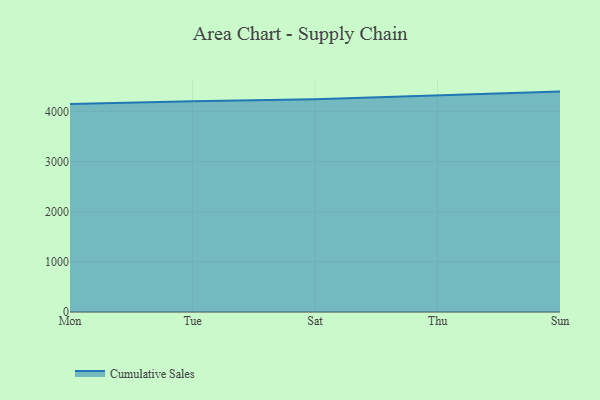
{"axis": {"x": "Day", "y": "Humidity (%)"}, "legend": ["Cumulative Sales"], "data": [{"x": "Mon", "y": 4143.5, "type": "Cumulative Sales"}, {"x": "Tue", "y": 4201.3, "type": "Cumulative Sales"}, {"x": "Sat", "y": 4239.8, "type": "Cumulative Sales"}, {"x": "Thu", "y": 4320.9, "type": "Cumulative Sales"}, {"x": "Sun", "y": 4392.9, "type": "Cumulative Sales"}]}